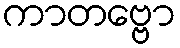
ကာတဗ္ဗော